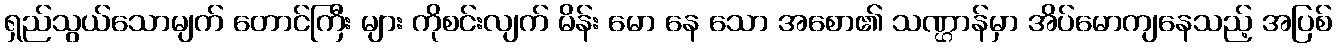
ရှည်သွယ်သောမျက် တောင်ကြီး များ ကိုစင်းလျက် မိန်း မော နေ သော အစော၏ သဏ္ဌာန်မှာ အိပ်မောကျနေသည့် အပြစ်